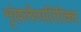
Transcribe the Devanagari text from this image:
शृंखलेव्यतिरिक्त